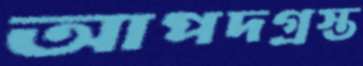
আপদগ্রস্ত